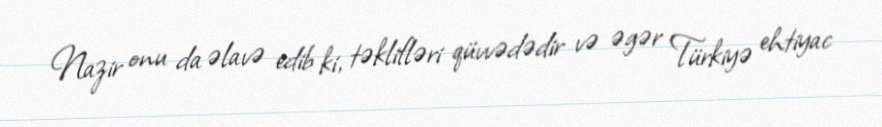
Nazir onu da əlavə edib ki, təklifləri qüvvədədir və əgər Türkiyə ehtiyac